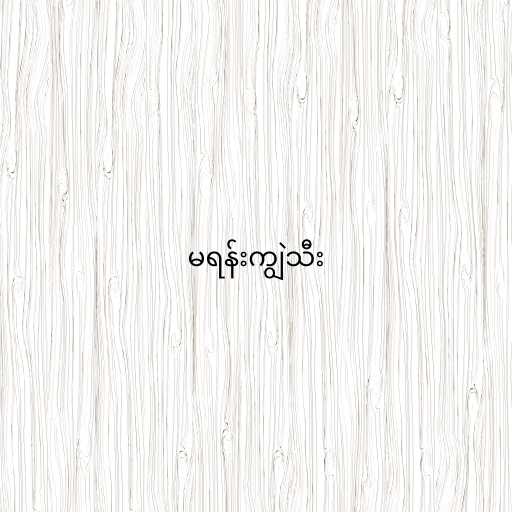
မရန်းကျွဲသီး